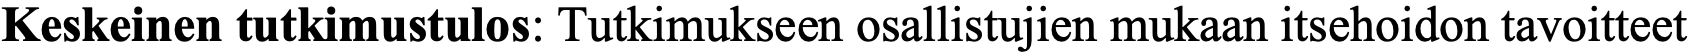
Keskeinen tutkimustulos: Tutkimukseen osallistujien mukaan itsehoidon tavoitteet